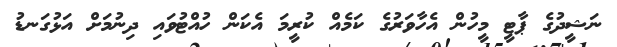
ނަޝީދުގެ ޕާޓީ މީހުން އެހާވަރުގެ ކަމެއް ކުރީމަ އެކަން ހުއްޓުވައި ދިނުމަށް އަޅުގަނޑު